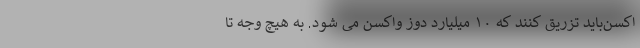
اکسن‌باید تزریق کنند که ۱۰ میلیارد دوز واکسن می شود. به هیچ وجه تا